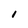
Character: I